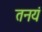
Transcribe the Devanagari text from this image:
तनयं